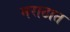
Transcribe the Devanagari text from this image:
मराठात